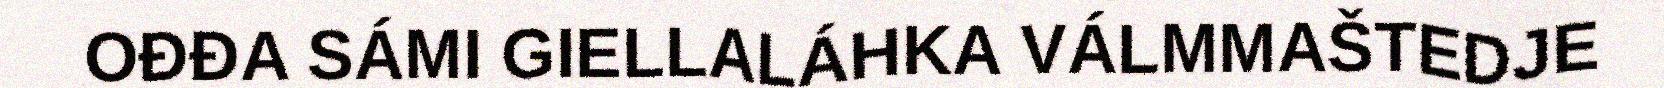
OĐĐA SÁMI GIELLALÁHKA VÁLMMAŠTEDJE